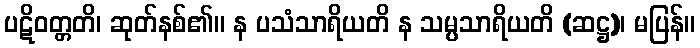
ပဋိဝတ္တတိ၊ ဆုတ်နစ်၏။ န ပသံသာရိယတိ န သမ္ပသာရိယတိ (ဆဋ္ဌ)၊ မပြန်။